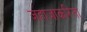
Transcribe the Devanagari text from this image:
जहाजाकरिता